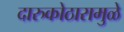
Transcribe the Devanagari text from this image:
दारुकोठारामुळे